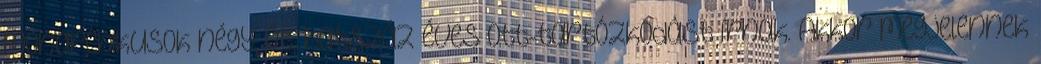
monarchikusok négy, öt, hatszáz éves ott-tartózkodást írnak. Akkor megjelennek